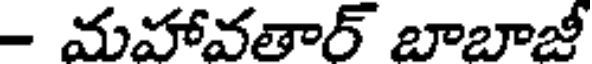
- మహావతార్ బాబాజీ